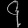
Digit: ၄